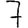
Digit: 7